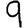
Digit: 9